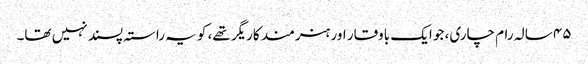
۴۵ سالہ رام چاری، جو ایک باوقار اور ہنرمند کاریگر تھے، کو یہ راستہ پسند نہیں تھا۔